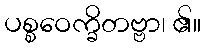
ပစ္စဝေက္ခိတဗ္ဗာ၊ ၏။